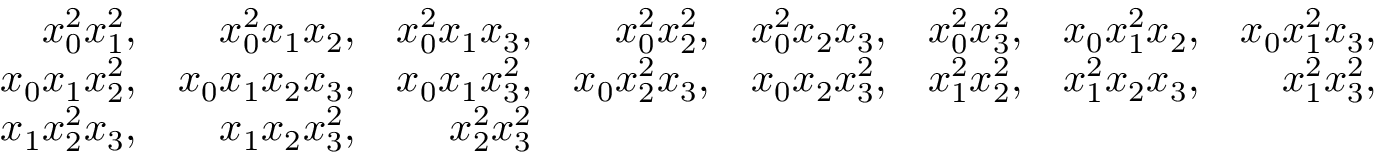
\begin{array} { r r r r r r r r } { x _ { 0 } ^ { 2 } x _ { 1 } ^ { 2 } , } & { x _ { 0 } ^ { 2 } x _ { 1 } x _ { 2 } , } & { x _ { 0 } ^ { 2 } x _ { 1 } x _ { 3 } , } & { x _ { 0 } ^ { 2 } x _ { 2 } ^ { 2 } , } & { x _ { 0 } ^ { 2 } x _ { 2 } x _ { 3 } , } & { x _ { 0 } ^ { 2 } x _ { 3 } ^ { 2 } , } & { x _ { 0 } x _ { 1 } ^ { 2 } x _ { 2 } , } & { x _ { 0 } x _ { 1 } ^ { 2 } x _ { 3 } , } \\ { x _ { 0 } x _ { 1 } x _ { 2 } ^ { 2 } , } & { x _ { 0 } x _ { 1 } x _ { 2 } x _ { 3 } , } & { x _ { 0 } x _ { 1 } x _ { 3 } ^ { 2 } , } & { x _ { 0 } x _ { 2 } ^ { 2 } x _ { 3 } , } & { x _ { 0 } x _ { 2 } x _ { 3 } ^ { 2 } , } & { x _ { 1 } ^ { 2 } x _ { 2 } ^ { 2 } , } & { x _ { 1 } ^ { 2 } x _ { 2 } x _ { 3 } , } & { x _ { 1 } ^ { 2 } x _ { 3 } ^ { 2 } , } \\ { x _ { 1 } x _ { 2 } ^ { 2 } x _ { 3 } , } & { x _ { 1 } x _ { 2 } x _ { 3 } ^ { 2 } , } & { x _ { 2 } ^ { 2 } x _ { 3 } ^ { 2 } } \end{array}